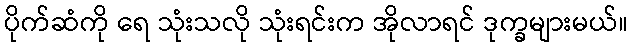
ပိုက်ဆံကို ရေ သုံးသလို သုံးရင်းက အိုလာရင် ဒုက္ခများမယ်။